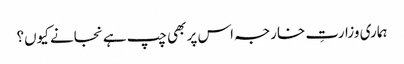
ہماری وزارتِ خارجہ اس پر بھی چپ ہے نجانے کیوں؟